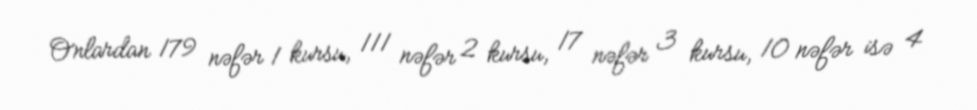
Onlardan 179 nəfər 1 kursu, 111 nəfər 2 kursu, 17 nəfər 3 kursu, 10 nəfər isə 4